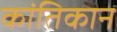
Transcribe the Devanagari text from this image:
कांतिकान